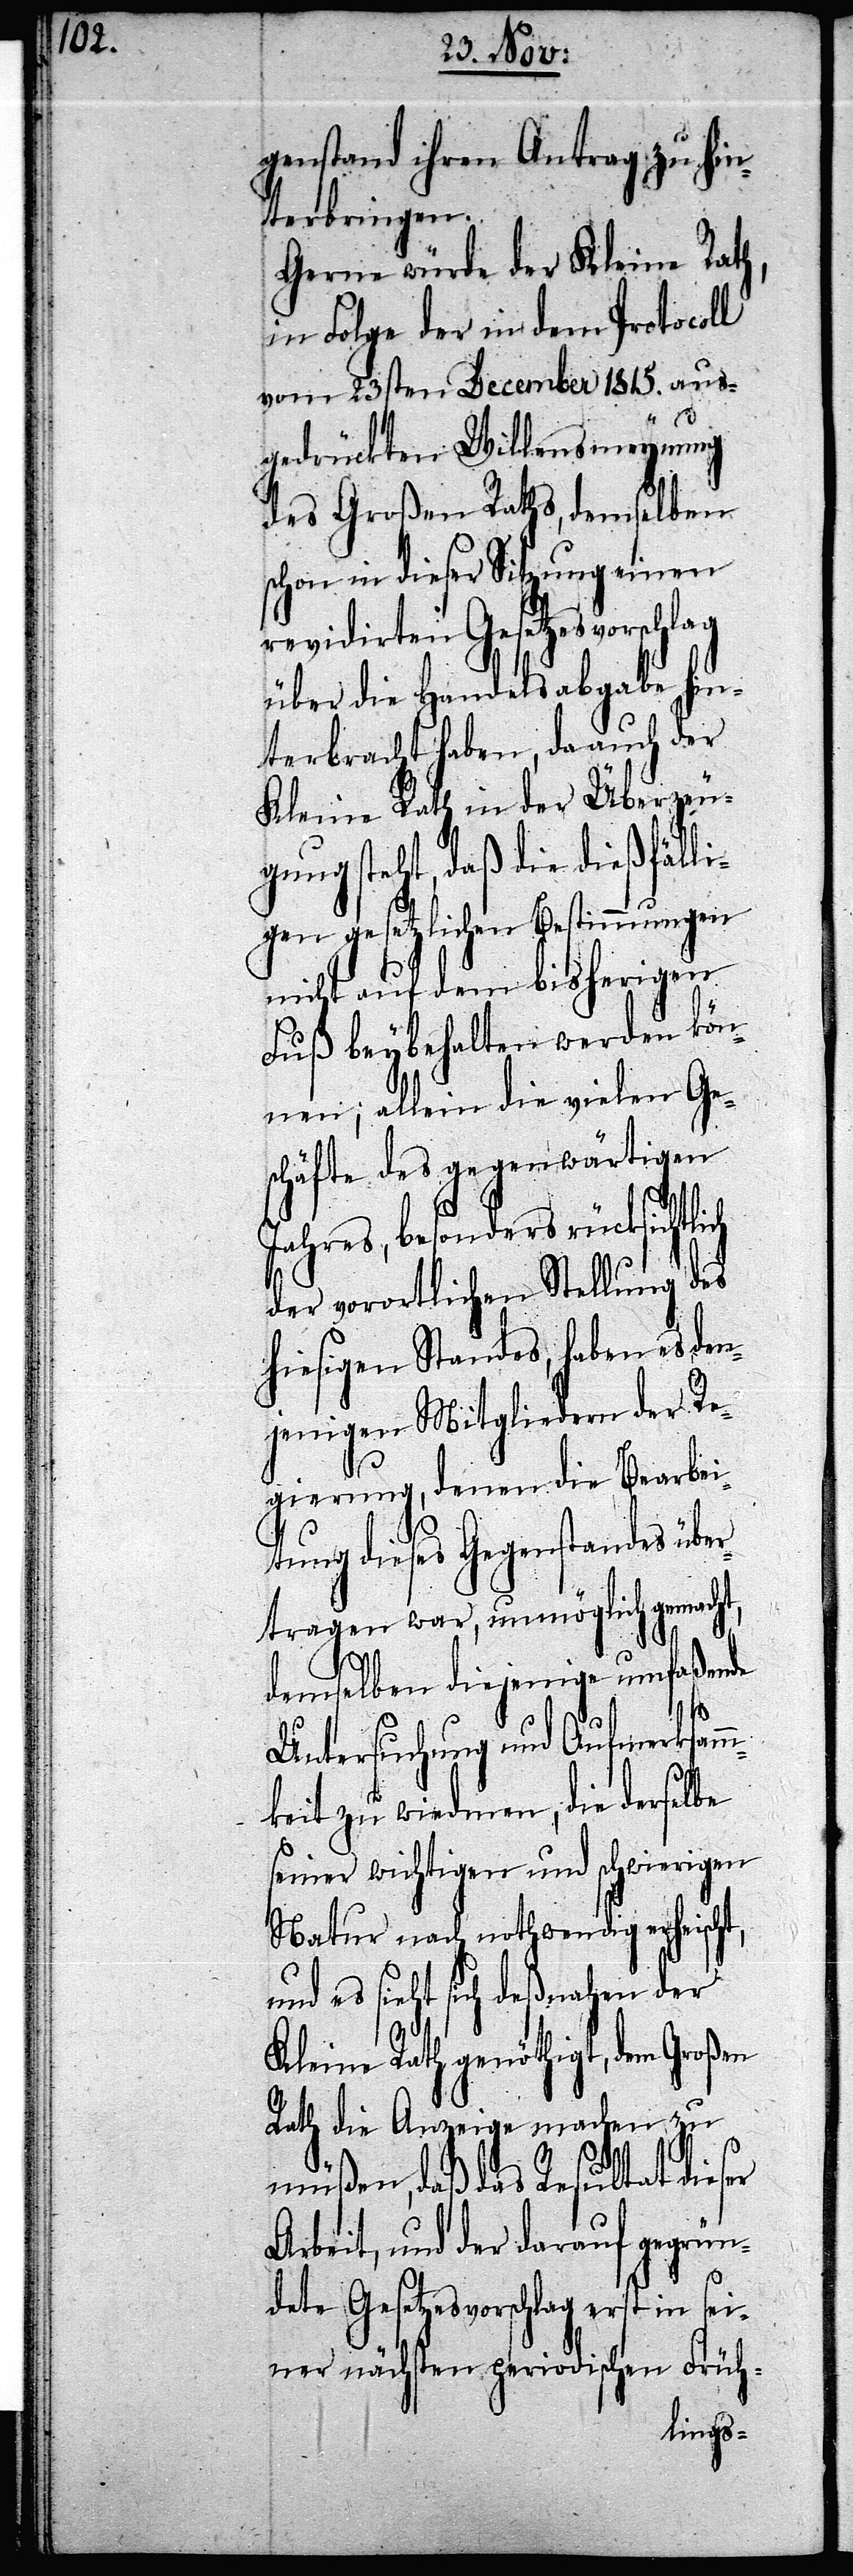
genstand ihren Antrag zu hin¬
terbringen.
Gerne würde der Kleine Rath,
in Folge der in dem Protocoll
vom 23sten December 1815. aus¬
gedrückten Willensmeynung
des Großen Raths, demselben
schon in dieser Sitzung einen
revidirten Gesetzesvorschlag
über die Handelsabgabe hin¬
terbracht haben, da auch der
Kleine Rath in der Überzeu¬
gung steht, daß die dießfälli¬
nicht auf dem bisherigen
Fuß beybehalten werden kön¬
nen; allein die vielen Ge¬
schäfte des gegenwärtigen
es, besonders rücksicht¬
der vorortlichen Stellung des
hiesigen Standes, haben es den¬
jenigen Mitgliedern der Re¬
gierung, denen die Bearbei¬
tung dieses Gegenstandes über¬
tragen war, unmöglich gemacht,
demselben diejenige umfaßende
lich
Untersuchung und Aufmerksamm¬
keit zu wiedmen, die derselbe
seiner wichtigen und schwierigen
Natur nach nothwendig erheischt,
und es sieht sich deßnahen der
Kleine Rath genöthigt, dem Großen
Rath die Anzeige machen zu
müßen, daß das Resultat dieser
Arbeit, und der darauf gegrün¬
dete Gesetzesvorschlag erst in sei¬
ner nächsten periodischen Früh-